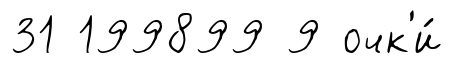
31 199899 9 очк'и́